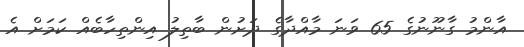
އާންމު ގާނޫނުގެ 65 ވަނަ މާއްދާގެ ދަށުން ބާތިލު އިންތިހާބެއް ކަމަށް އެ